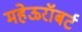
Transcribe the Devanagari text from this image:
महेऊरॉबर्ट